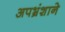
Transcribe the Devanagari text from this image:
अपभ्रंशाने